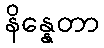
နိန္နေတာ